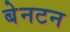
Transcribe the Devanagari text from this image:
बेनटन